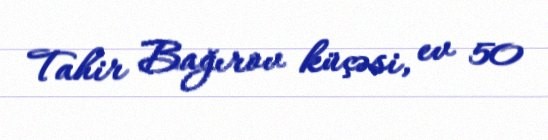
Tahir Bağırov küçəsi, ev 50